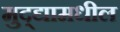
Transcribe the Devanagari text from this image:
मुद्द्यामधील